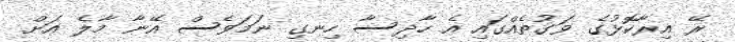
ރޭ އިރާކޮޅުގެ ވަގުތެއްގައި އެ ހާދިސާ ހިނގި ނަމަވެސް އޭނާ މާލެ އަށް